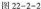
图 22-2-2